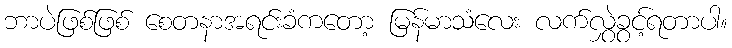
ဘာပဲဖြစ်ဖြစ် စေတနာအရင်းခံကတော့ မြန်မာသံလေး လက်လွှဲခွင့်ရတာပါ။